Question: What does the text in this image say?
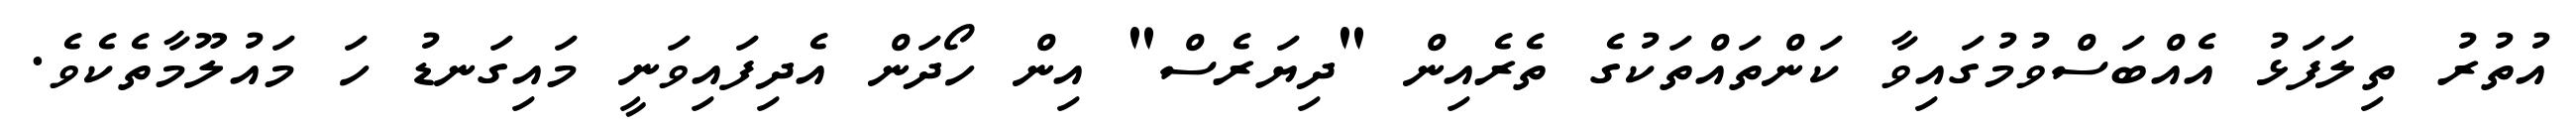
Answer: އުތުރު ތިލަފަޅު އެއްބަސްވުމުގައިވާ ކަންތައްތަކުގެ ތެރެއިން "ދިޔަރެސް" އިން ހޯދަން އެދިފައިވަނީ މައިގަނޑު ހަ މައުލޫމާތެކެވެ.